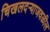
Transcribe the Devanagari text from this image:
चिखलदऱ्याजवळील